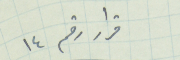
قرار رقم ١٤